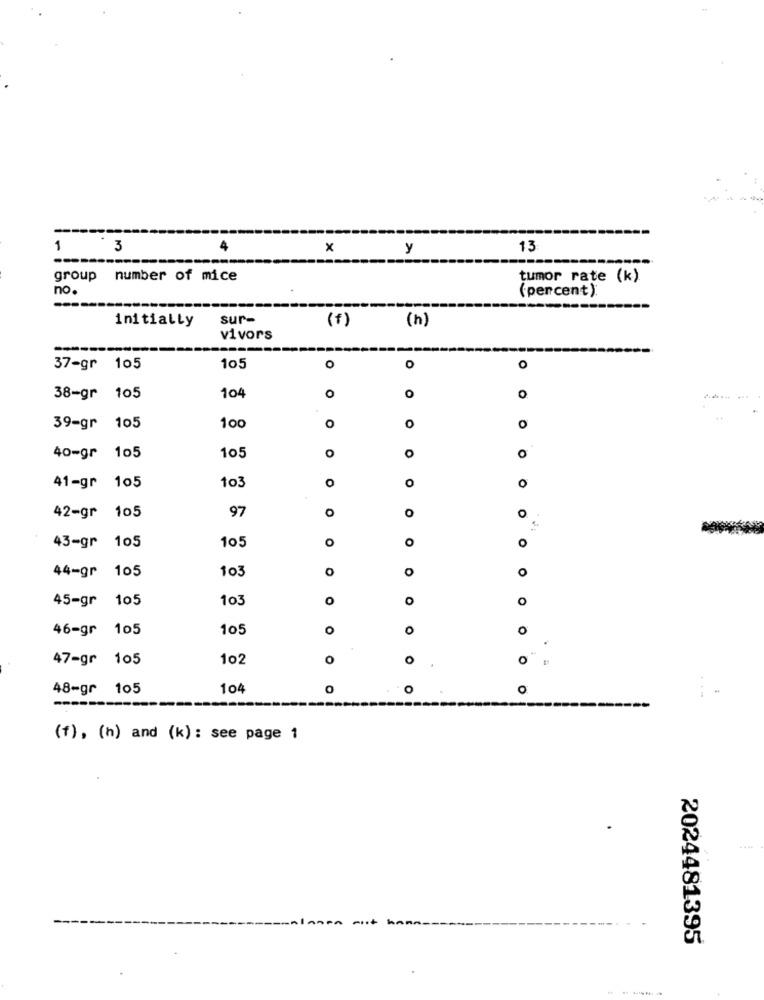
-----
1
3
x
y
13
group number of mice
tumor rate (k)
no.
(percent)
initially
sur-
(f)
(h)
vivors
-----
37-gr 105
105
o
O
O
38-gr 105
104
0
o
O
O
39-gr 105
100
O
O
40-gr 105
O
O
105
O
41-gr 105
103
o
0
97
O
O
O
42-gr 105
43-gr 105
105
O
O
44-gr 105
103
O
O
O
45-gr
105
103
0
o
O
46-gr 105
105
O
0
o
47-gr 105
102
O
0
""
48-gr 105
104
0
o
0
---
(f), (h) and (k) : see page 1
2024481395